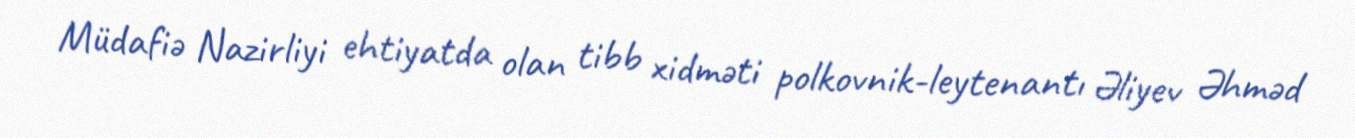
Müdafiə Nazirliyi ehtiyatda olan tibb xidməti polkovnik-leytenantı Əliyev Əhməd